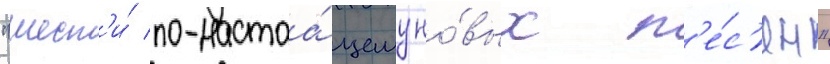
"шест'и́ по-настоа́щему но́вых п'е́с'ен"